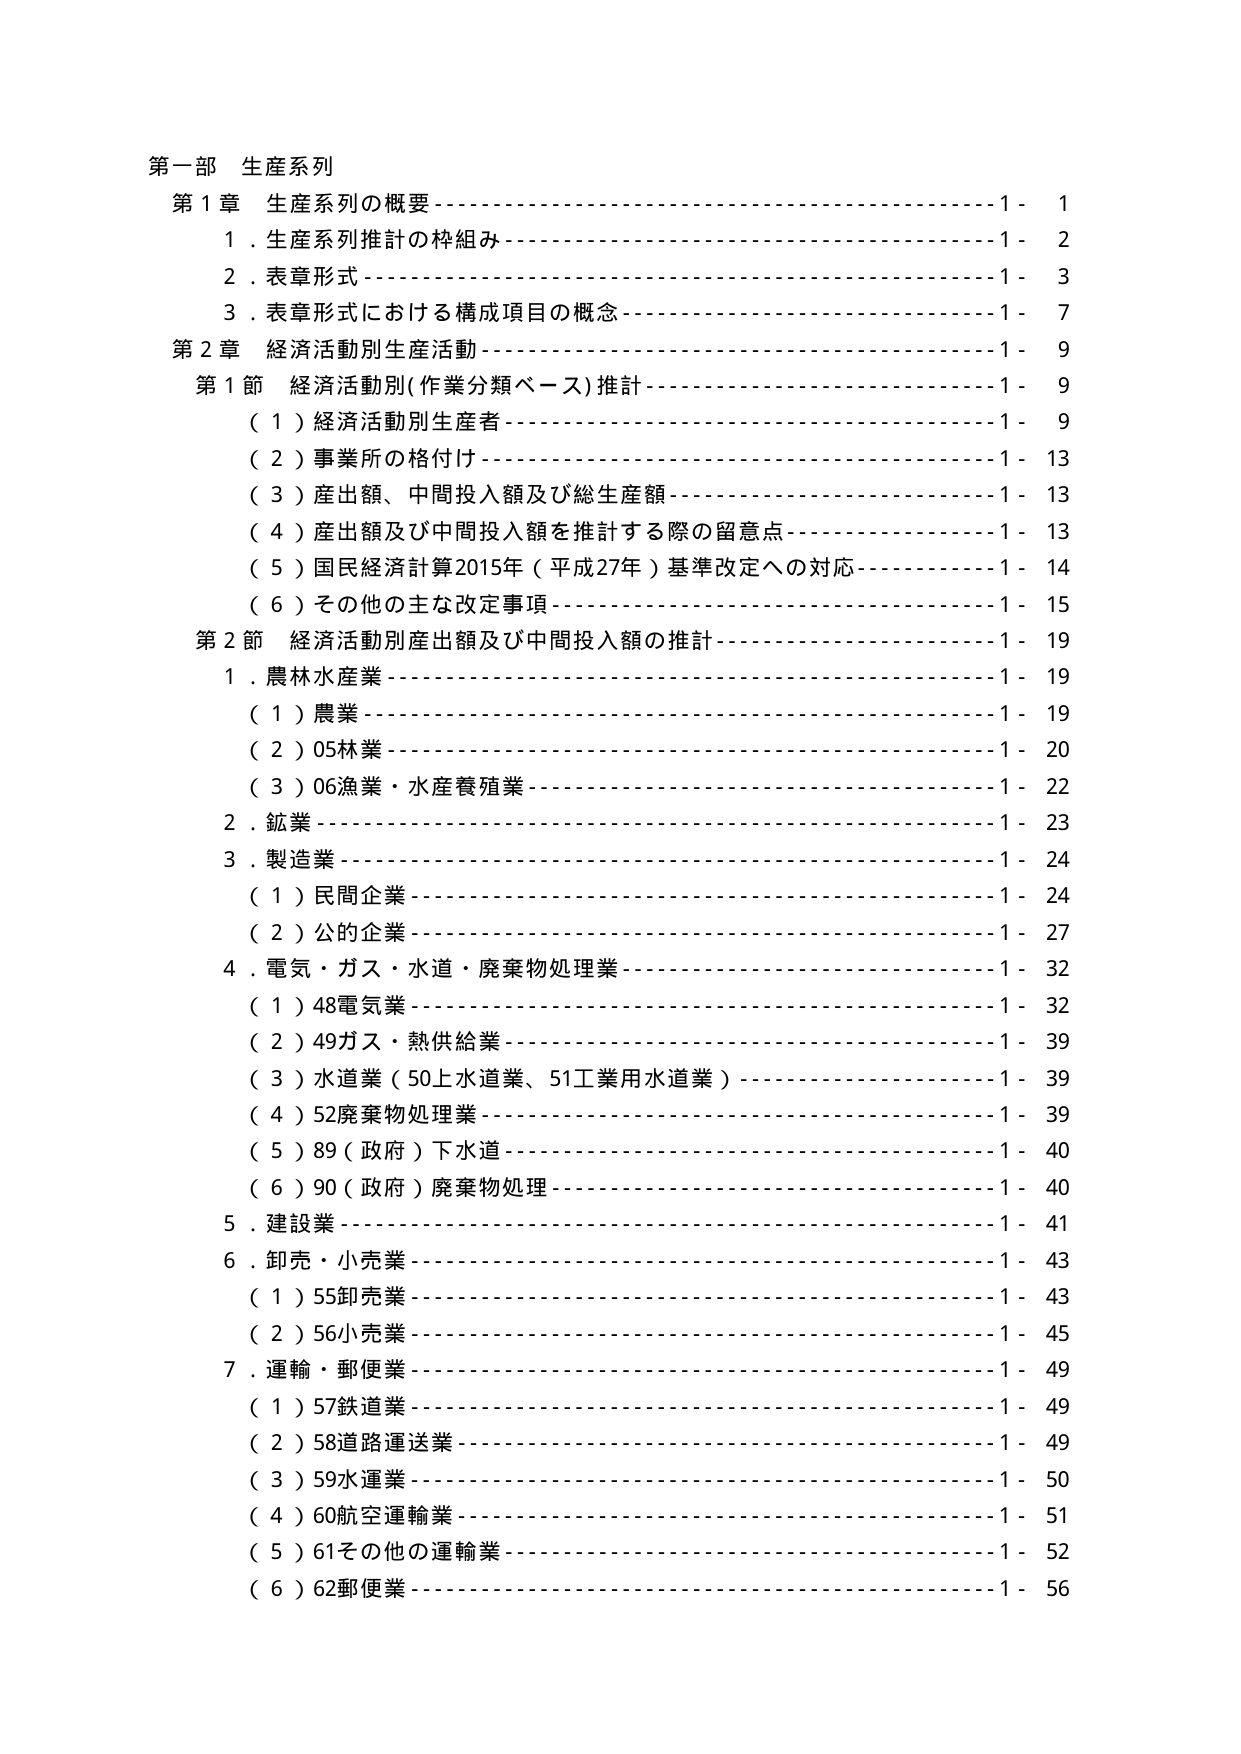
第一部 生産系列
第1章 生産系列の概要………………………………………………1- 1
　1．生産系列推計の枠組み…………………………………………1- 2
　2．表章形式…………………………………………………………1- 3
　3．表章形式における構成項目の概念……………………………1- 7
第2章 経済活動別生産活動…………………………………………1- 9
　第1節 経済活動別(作業分類ベース)推計…………………………1- 9
　　（1）経済活動別生産者…………………………………………1- 9
　　（2）事業所の格付け……………………………………………1- 13
　　（3）産出額、中間投入額及び総生産額…………………………1- 13
　　（4）産出額及び中間投入額を推計する際の留意点……………1- 13
　　（5）国民経済計算2015年（平成27年）基準改定への対応……1- 14
　　（6）その他の主な改定事項………………………………………1- 15
　第2節 経済活動別産出額及び中間投入額の推計…………………1- 19
　　1．農林水産業……………………………………………………1- 19
　　　（1）農業………………………………………………………1- 19
　　　（2）05林業……………………………………………………1- 20
　　　（3）06漁業・水産養殖業………………………………………1- 22
　　2．鉱業……………………………………………………………1- 23
　　3．製造業…………………………………………………………1- 24
　　　（1）民間企業…………………………………………………1- 24
　　　（2）公の企業…………………………………………………1- 27
　　4．電気・ガス・水道・廃棄物処理業……………………………1- 32
　　　（1）48電気業…………………………………………………1- 32
　　　（2）49ガス・熱供給業………………………………………1- 39
　　　（3）水道業（50上水道業、51工業用水道業）………………1- 39
　　　（4）52廃棄物処理業…………………………………………1- 39
　　　（5）89（政府）下水道………………………………………1- 40
　　　（6）90（政府）廃棄物処理…………………………………1- 40
　　5．建設業…………………………………………………………1- 41
　　6．卸売・小売業…………………………………………………1- 43
　　　（1）55卸売業…………………………………………………1- 43
　　　（2）56小売業…………………………………………………1- 45
　　7．運輸・郵便業…………………………………………………1- 49
　　　（1）57鉄道業…………………………………………………1- 49
　　　（2）58道路運送業……………………………………………1- 49
　　　（3）59水運業…………………………………………………1- 50
　　　（4）60航空運輸業……………………………………………1- 51
　　　（5）61その他の運輸業………………………………………1- 52
　　　（6）62郵便業…………………………………………………1- 56